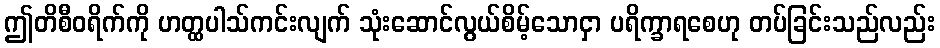
ဤတိစီဝရိက်ကို ဟတ္ထပါသ်ကင်းလျက် သုံးဆောင်လွယ်စိမ့်သောငှာ ပရိက္ခာရစေဟု တပ်ခြင်းသည်လည်း